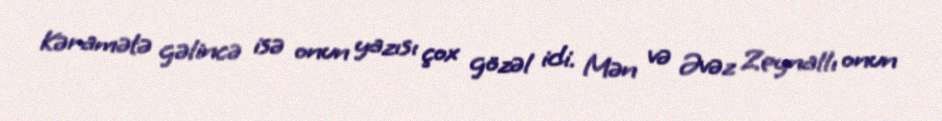
Kəramətə gəlincə isə onun yazısı çox gözəl idi. Mən və Əvəz Zeynallı onun